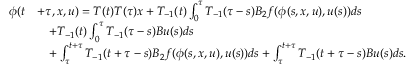
\begin{array} { r l } { \phi ( t } & { + \tau , x , u ) = T ( t ) T ( \tau ) x + T _ { - 1 } ( t ) \int _ { 0 } ^ { \tau } T _ { - 1 } ( \tau - s ) B _ { 2 } f ( \phi ( s , x , u ) , u ( s ) ) d s } \\ & { \quad + T _ { - 1 } ( t ) \int _ { 0 } ^ { \tau } T _ { - 1 } ( \tau - s ) B u ( s ) d s } \\ & { \quad + \int _ { \tau } ^ { t + \tau } T _ { - 1 } ( t + \tau - s ) B _ { 2 } f ( \phi ( s , x , u ) , u ( s ) ) d s + \int _ { \tau } ^ { t + \tau } T _ { - 1 } ( t + \tau - s ) B u ( s ) d s . } \end{array}